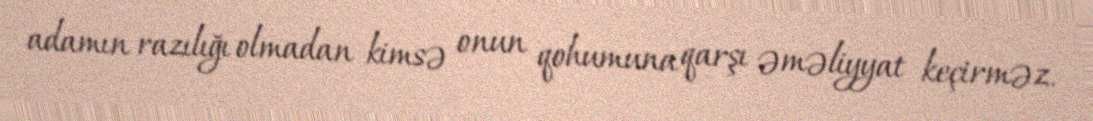
adamın razılığı olmadan kimsə onun qohumuna qarşı əməliyyat keçirməz.